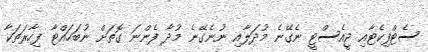
ސެޓްފިކެޓާއި ޖީއެސްޓީ ނެގޭނެ މުދަލާއި ނުނެގޭނެ މުދާ ފެންނަ ގޮތަށް ނުބަހައްޓާ ފިހާރަތަކާ